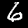
Label: 6